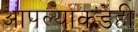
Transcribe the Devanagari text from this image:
आपल्याकडेही